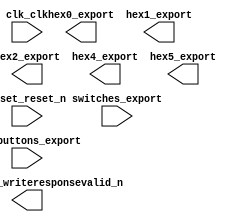

module lab5 (
	clk_clk,
	conduit_end_writeresponsevalid_n,
	hex0_export,
	hex1_export,
	hex2_export,
	hex4_export,
	hex5_export,
	pushbuttons_export,
	reset_reset_n,
	switches_export);	

	input		clk_clk;
	output		conduit_end_writeresponsevalid_n;
	output	[6:0]	hex0_export;
	output	[6:0]	hex1_export;
	output	[6:0]	hex2_export;
	output	[6:0]	hex4_export;
	output	[6:0]	hex5_export;
	input	[3:0]	pushbuttons_export;
	input		reset_reset_n;
	input	[7:0]	switches_export;
endmodule